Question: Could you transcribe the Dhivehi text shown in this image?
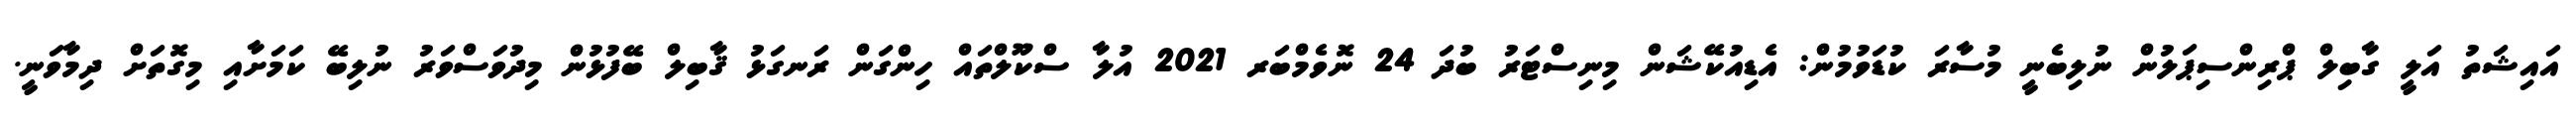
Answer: އައިޝަތު އަލީ ގާބިލް ޕްރިންސިޕަލުން ނުލިބެނީ މުސާރަ ކުޑަވުމުން: އެޑިއުކޭޝަން މިނިސްޓަރު ބުދަ 24 ނޮވެމްބަރ 2021 އުލާ ސްކޫލްތައް ހިންގަން ރަނގަޅު ޤާބިލް ބޭފުޅުން މިދުވަސްވަރު ނުލިބޭ ކަމަށާއި މިގޮތަށް ދިމާވަނީ.